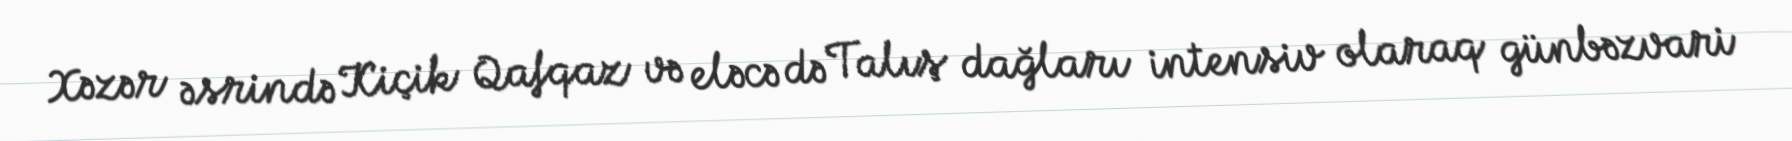
Xəzər əsrində Kiçik Qafqaz və eləcə də Talış dağları intensiv olaraq günbəzvari